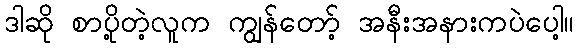
ဒါဆို စာပို့တဲ့လူက ကျွန်တော့် အနီးအနားကပဲပေါ့။